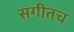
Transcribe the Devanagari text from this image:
संगीतच